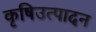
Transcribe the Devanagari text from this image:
कृषिउत्पादन